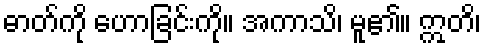
ဓာတ်ကို ဟောခြင်းကို။ အကာသိ၊ မူ၏။ ဣတိ၊